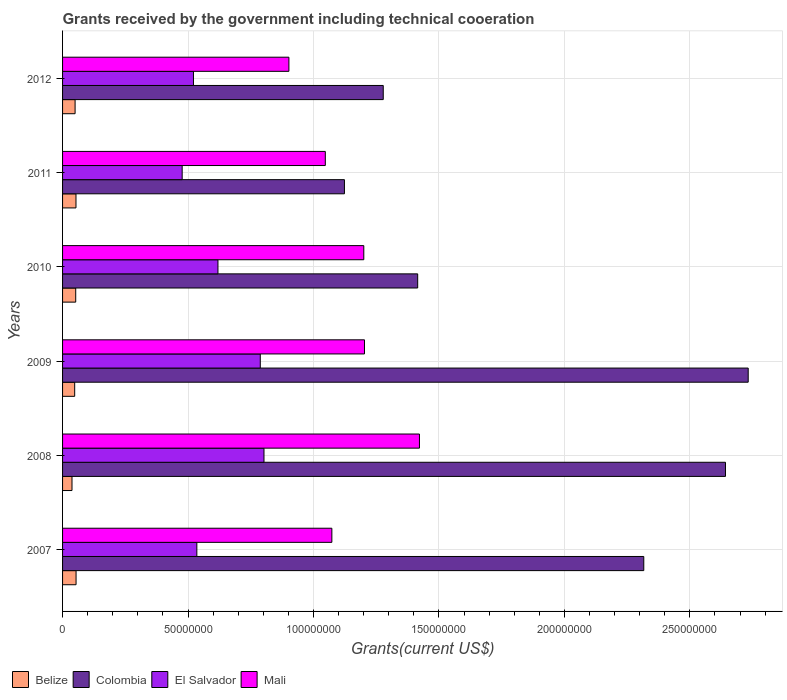
| Years | Belize | Colombia | El Salvador | Mali |
 | --- | --- | --- | --- | --- |
 | 2007 | 5.38e+06 | 2.32e+08 | 5.35e+07 | 1.07e+08 |
 | 2008 | 3.76e+06 | 2.64e+08 | 8.03e+07 | 1.42e+08 |
 | 2009 | 4.83e+06 | 2.73e+08 | 7.88e+07 | 1.2e+08 |
 | 2010 | 5.24e+06 | 1.42e+08 | 6.19e+07 | 1.2e+08 |
 | 2011 | 5.35e+06 | 1.12e+08 | 4.77e+07 | 1.05e+08 |
 | 2012 | 4.99e+06 | 1.28e+08 | 5.22e+07 | 9.02e+07 |